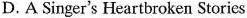
D. A Singer's Heartbroken Stories